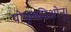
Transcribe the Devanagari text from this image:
पोपुलतिओन्।